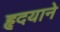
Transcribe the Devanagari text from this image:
हृदयाने